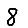
Digit: 8